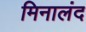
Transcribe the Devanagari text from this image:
मिनालंद